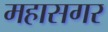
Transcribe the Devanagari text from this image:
महासगर